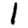
Digit: 1